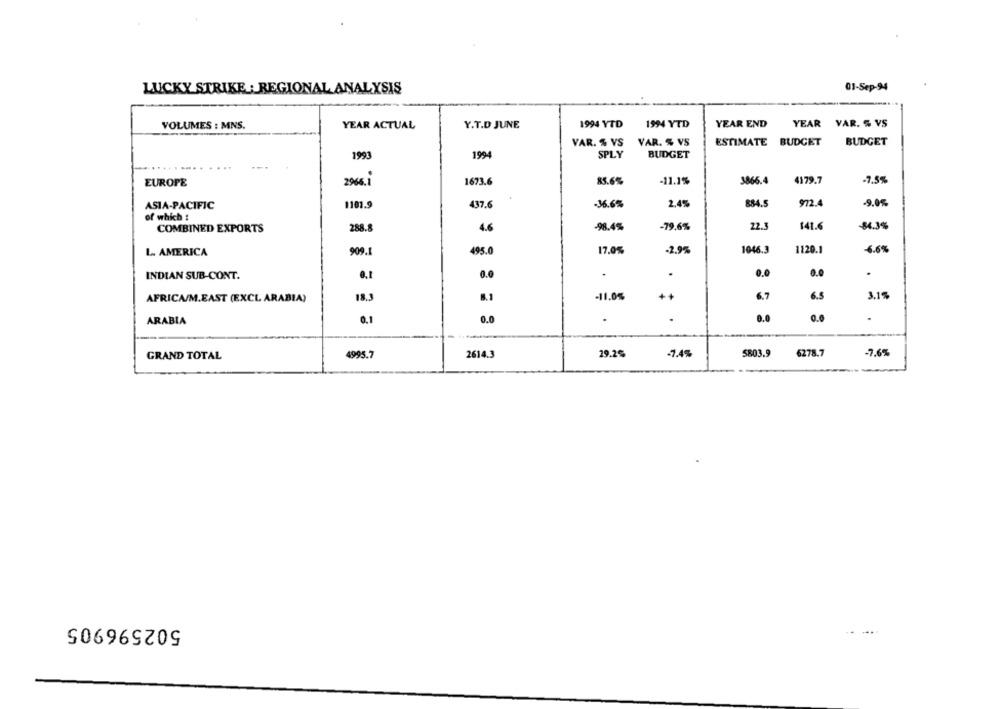
LUCKY STRIKE: REGIONAL ANALYSIS
01-Sep-94
VOLUMES : MNS.
YEAR ACTUAL
Y.T.D JUNE
1994 YTD
1994 YTD
YEAR END YEAR VAR. S VS
VAR. % VS
VAR. % VS
ESTIMATE BUDGET
BUDGET
1993
1994
SPLY
BUDGET
EUROPE
2966.1
1673.6
85.6%
-11.1%
3865.4
4179.7
-7.5%
ASIA-PACIFIC
1101.9
437.6
-36.6%
2.4%
884.5
972.4
-9.05
of which :
-98.4%
-79.6%
22.3
141.6
-84.3%
COMBINED EXPORTS
288.8
4.6
L. AMERICA
909.1
495.0
17.0%
-2.9%
1046.3
1120.1
6.6%
INDIAN SUB-CONT.
6.1
0.0
.
.
0.0
0.0
.
AFRICA/M.EAST (EXCL ARABIA)
8.1
-11.0%
++
6.7
6.5
3.1%
.
0.0
0.0
ARABIA
0.1
0.0
4995.7
2614.3
29.2%
-7.4%
5803.9
6278.7
-7.6%
GRAND TOTAL
502596905